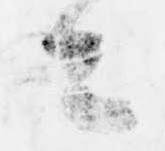
者